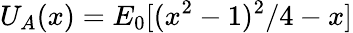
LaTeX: U_{A}(x)=E_{0}[(x^{2}-1)^{2}/4-x]